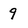
Character: 9